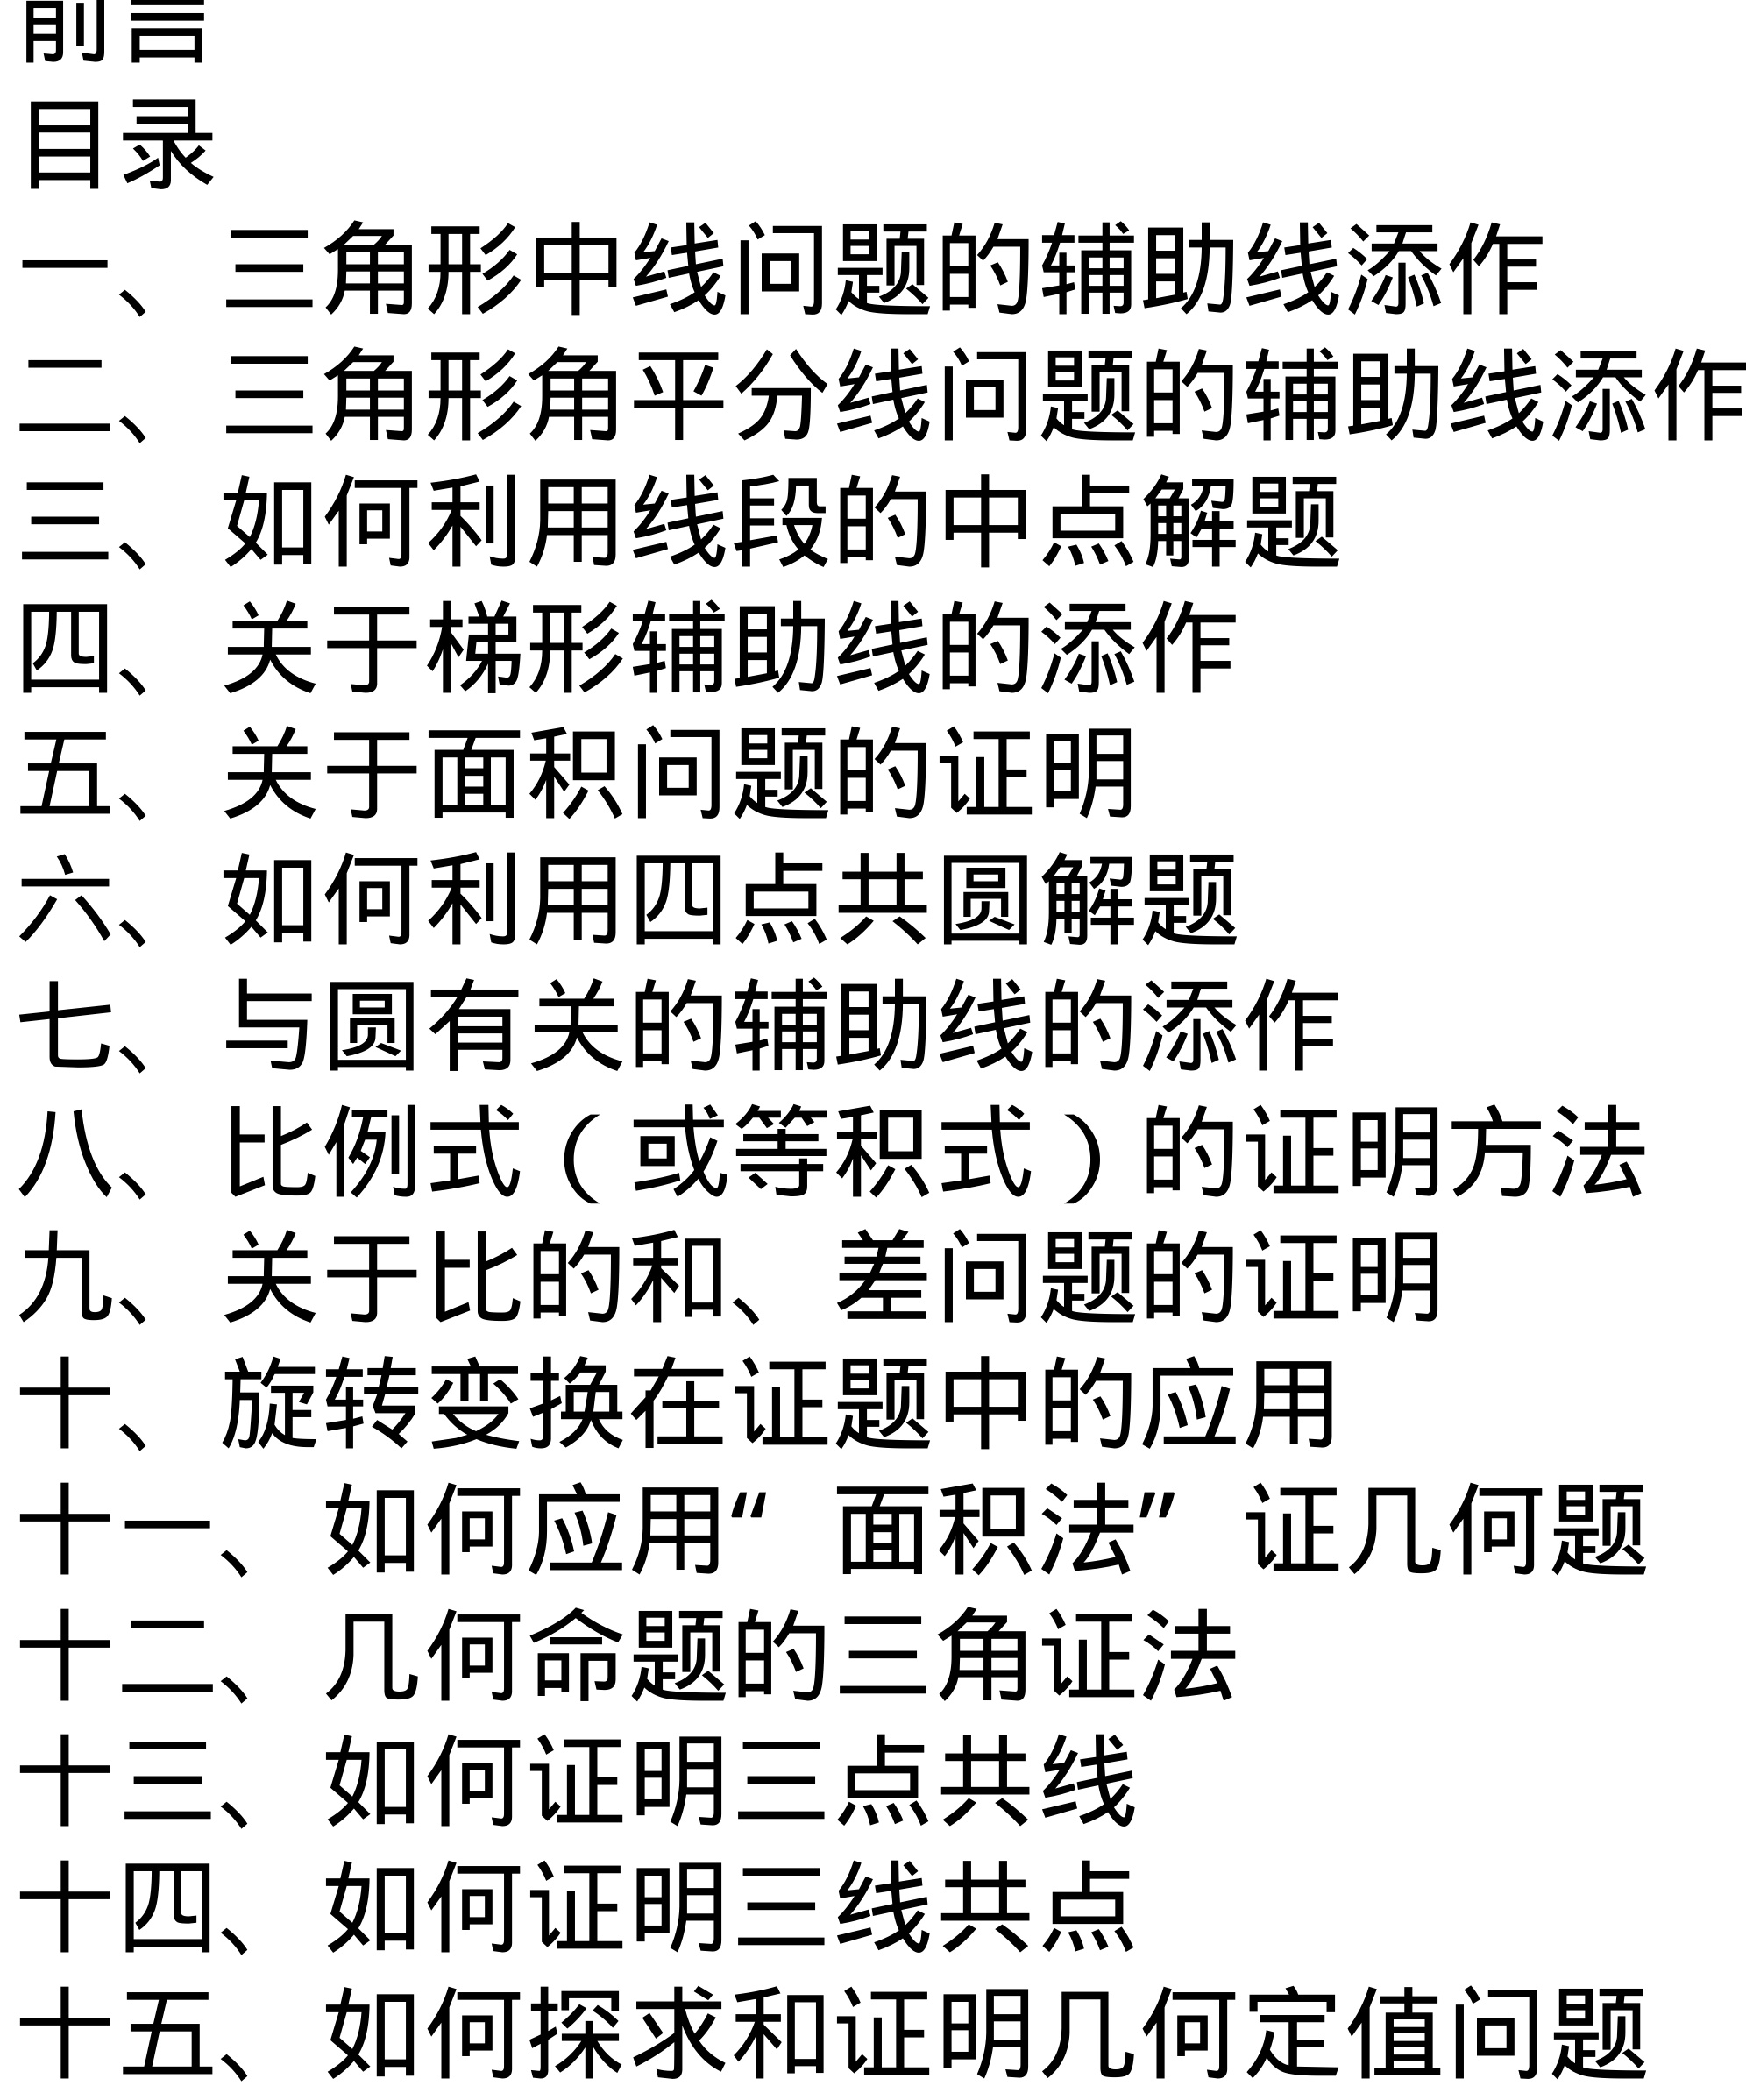
### 前言
### 目录
一、三角形中线问题的辅助线添作
二、三角形角平分线问题的辅助线添作
三、如何利用线段的中点解题
四、关于梯形辅助线的添作
五、关于面积问题的证明
六、如何利用四点共圆解题
七、与圆有关的辅助线的添作
八、比例式（或等积式）的证明方法
九、关于比的和、差问题的证明
十、旋转变换在证题中的应用
十一、如何应用“面积法”证几何题
十二、几何命题的三角证法
十三、如何证明三点共线
十四、如何证明三线共点
十五、如何探求和证明几何定值问题